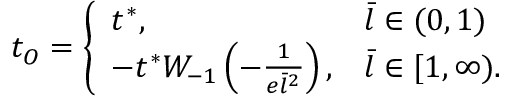
t _ { O } = \left\{ \begin{array} { l l } { t ^ { * } , } & { \bar { l } \in ( 0 , 1 ) } \\ { - t ^ { * } W _ { - 1 } \left( - \frac { 1 } { e \bar { l } ^ { 2 } } \right) , } & { \bar { l } \in [ 1 , \infty ) . } \end{array} \right.